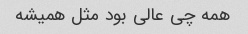
همه چی عالی بود مثل همیشه